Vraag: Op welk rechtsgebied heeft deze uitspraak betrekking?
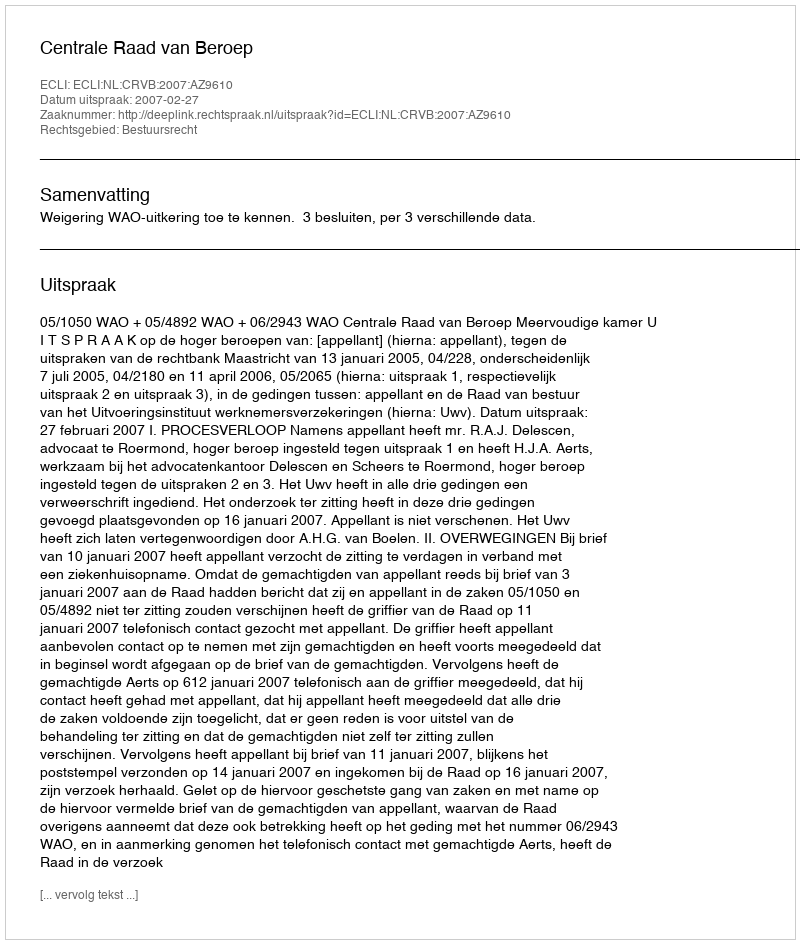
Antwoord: Bestuursrecht